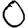
Digit: 0